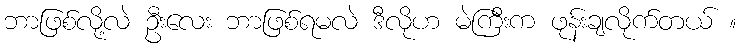
ဘာဖြစ်လို့လဲ ဦးလေး ဘာဖြစ်ရမလဲ ဒီလိုဟ မဲကြီးက ဖုန်းချလိုက်တယ် ။